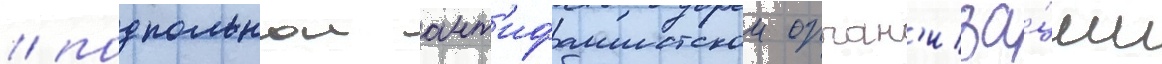
/ подпольнои ант'ифашистскои орган'иза́ции